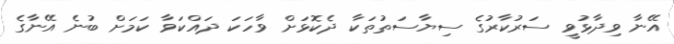
އޭނާ ވިދާޅުވީ ސަރުކާރުގެ ސިޔާސަތުތަކާ ދެކޮޅަށް ވާހަކަ ދައްކަވާ ކަމަށް ބުނެ އޭނާގެ